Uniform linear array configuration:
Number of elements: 32
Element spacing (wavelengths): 0.75
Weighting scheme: blackman
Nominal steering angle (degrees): -45
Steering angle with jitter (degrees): -45.896
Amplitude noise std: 0.05
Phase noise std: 0.05

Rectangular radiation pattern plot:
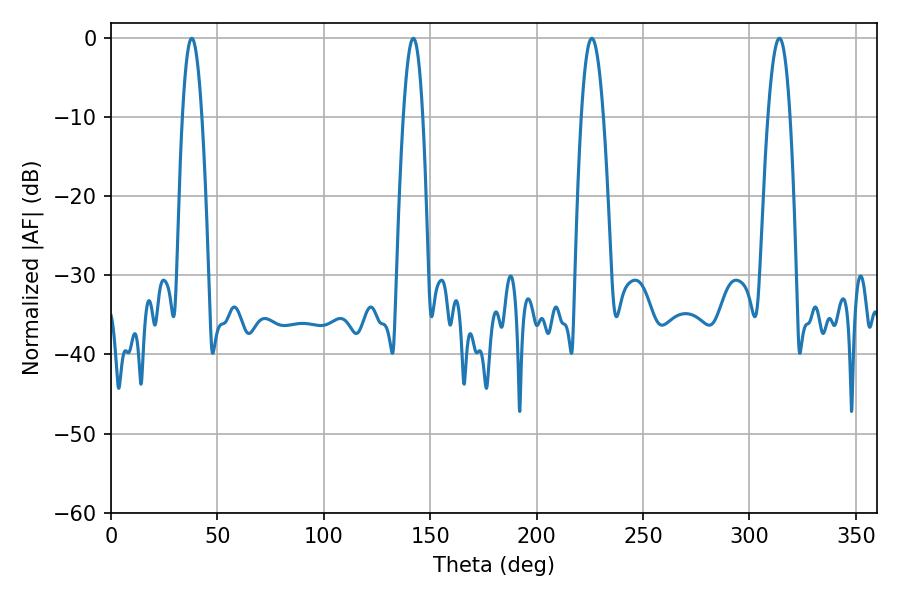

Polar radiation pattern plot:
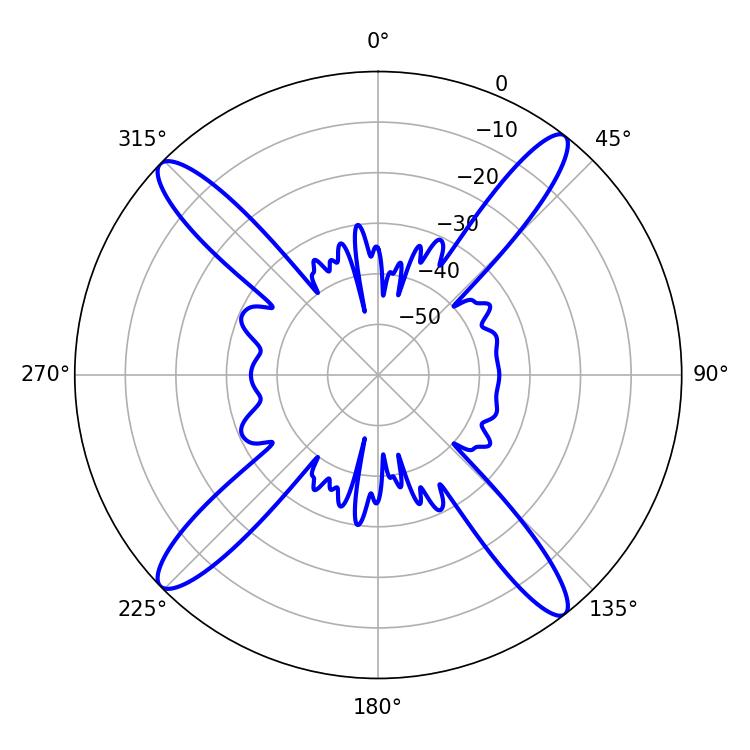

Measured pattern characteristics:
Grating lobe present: TRUE
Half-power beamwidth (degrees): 5.58
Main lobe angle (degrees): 225.9